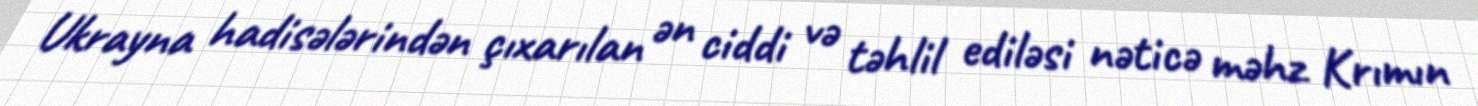
Ukrayna hadisələrindən çıxarılan ən ciddi və təhlil ediləsi nəticə məhz Krımın